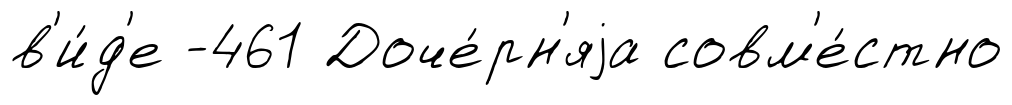
в'и́д'е -461 Доче́рн'яjа совм'е́стно